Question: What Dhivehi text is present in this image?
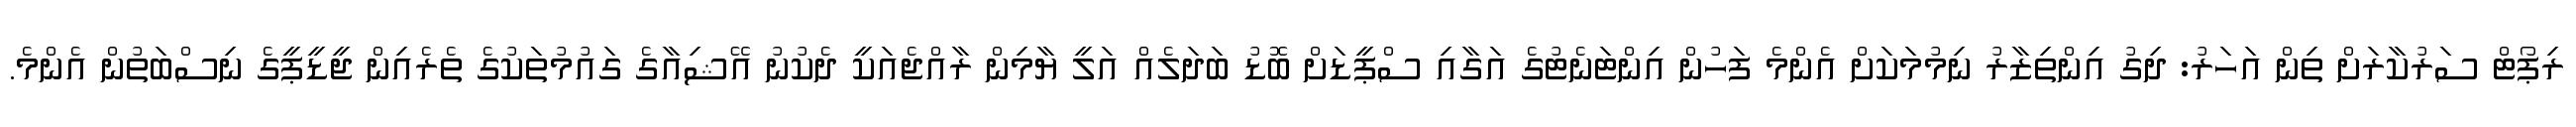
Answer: ރިޕޯޓް ސަރުކާރަށް ތިން އަހަރު: ދިގު އިންތިޒާރު ނިމުމަކަށް އެންމެ ފަހުން އިންޓަނެޓުގެ އަގާއި ސްޕީޑަށް ބޮޑު ބަދަލެއް އަލީ ޔާމިން ރާއްޖެއަކީ ދެކުނު އޭޝިއާގެ ގައުމުތަކުގެ ތެރެއިން ޖީޑީޕީގެ ނިސްބަތުން އެންމެ.